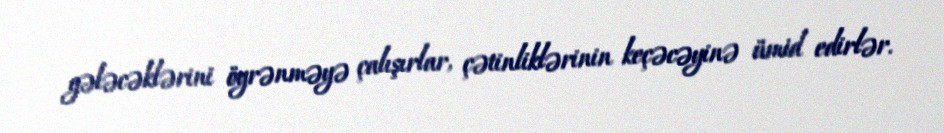
gələcəklərini öyrənməyə çalışırlar, çətinliklərinin keçəcəyinə ümid edirlər.